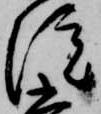
院